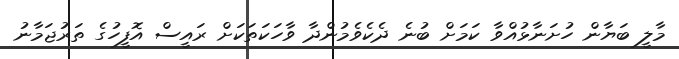
މާލީ ބަޔާން ހުށަނާޅުއްވާ ކަމަށް ބުނެ ދެކެވެމުންދާ ވާހަކަތަކަށް ރައީސް އޮފީހުގެ ތަރުޖަމާނު